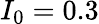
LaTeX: I_{0}=0.3